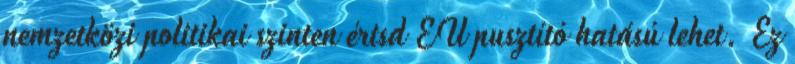
nemzetközi politikai szinten értsd EU pusztító hatású lehet. Ez